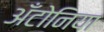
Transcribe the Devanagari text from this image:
अँटोनिया